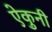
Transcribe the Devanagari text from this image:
ऐकुनी